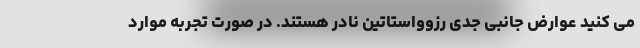
می کنید عوارض جانبی جدی رزوواستاتین نادر هستند. در صورت تجربه موارد